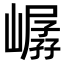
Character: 𪩖